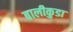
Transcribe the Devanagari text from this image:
बालीकुडा